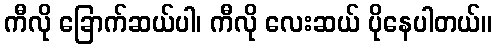
ကီလို ခြောက်ဆယ်ပါ၊ ကီလို လေးဆယ် ပိုနေပါတယ်။